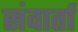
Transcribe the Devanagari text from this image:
संवार्ता